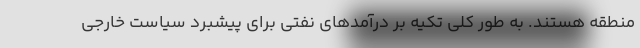
منطقه هستند. به طور کلی تکیه بر درآمدهای نفتی برای پیشبرد سیاست خارجی